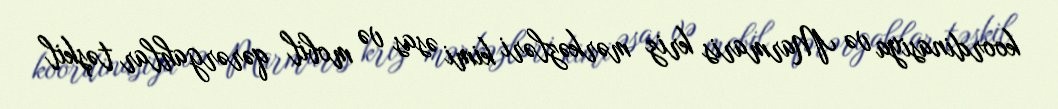
koordinasiya və Marmaris kriz mərkəzləri kimi əsas və mobil qərərgahlar təşkil